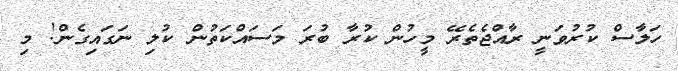
ހަލާސް ކުރުވަނީ ރާއްޖެތެރޭ މީހުން ކުރާ ބުރަ މަސައްކަތުން ކުލި ނަގައިގެން! މި